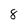
Character: 8